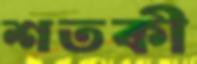
শতকী